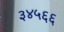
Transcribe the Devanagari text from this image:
३४५६६